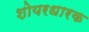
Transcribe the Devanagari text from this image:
शोयरधारक